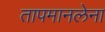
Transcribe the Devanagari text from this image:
तापमानलेना